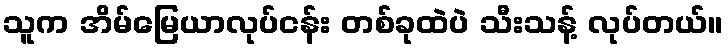
သူက အိမ်မြေယာလုပ်ငန်း တစ်ခုထဲပဲ သီးသန့် လုပ်တယ်။